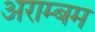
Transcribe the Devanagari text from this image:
अराम्बम